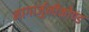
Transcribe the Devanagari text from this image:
नागार्जुनीकोण्ड